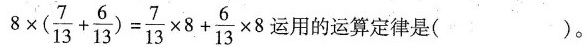
$$8 \times ( \frac { 7 } { 1 3 } + \frac { 6 } { 1 3 } ) = \frac { 7 } { 1 3 } \times 8 + \frac { 6 } { 1 3 } \times 8$$运用的运算定律是( )。